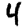
Digit: 4